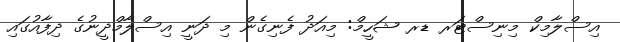
އިސްލާމިކް މިނިސްޓަރ ޑރ ޝަހީމް: މިއަދު ފެނިގެން މި ދަނީ އިސްލާމްދީނުގެ ދިފާއުގައި